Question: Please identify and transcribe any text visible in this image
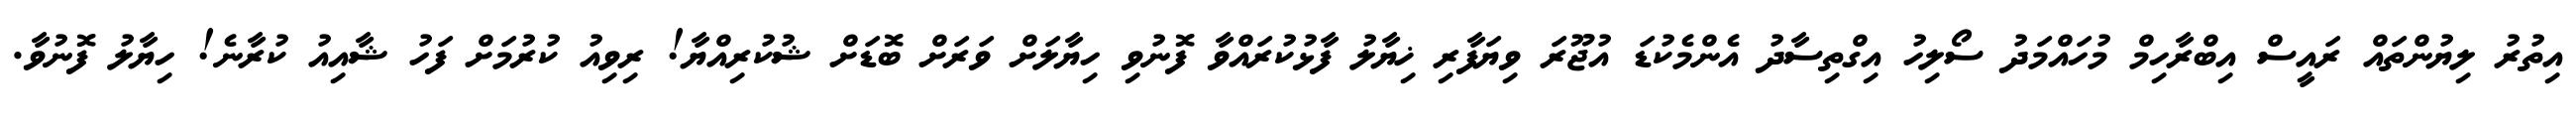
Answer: އިތުރު ލިޔުންތައް ރައީސް އިބްރާހިމް މުހައްމަދު ސޯލިހު އިގްތިސާދު އެންމެކުޑަ އުޖޫރަ ވިޔަފާރި ޚިޔާލު ފާޅުކުރައްވާ ފޮނުވި ހިޔާލަށް ވަރަށް ބޮޑަށް ޝުކުރިއްޔާ! ރިވިއު ކުރުމަށް ފަހު ޝާއިއު ކުރާނެ! ހިޔާލު ފޮނުވާ.